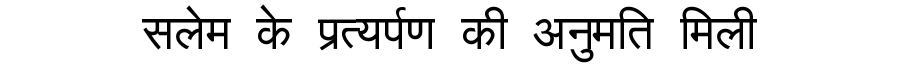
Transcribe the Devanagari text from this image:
सलेम के प्रत्यर्पण की अनुमति मिली